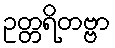
ဥတ္တရိတဗ္ဗာ